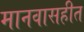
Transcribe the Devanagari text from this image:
मानवासहीत